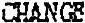
CHANGE